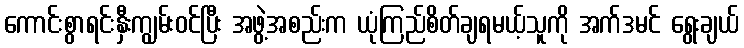
ကောင်းစွာရင်းနှီးကျွမ်းဝင်ပြီး အဖွဲ့အစည်းက ယုံကြည်စိတ်ချရမယ့်သူကို အက်ဒမင် ရွေးချယ်